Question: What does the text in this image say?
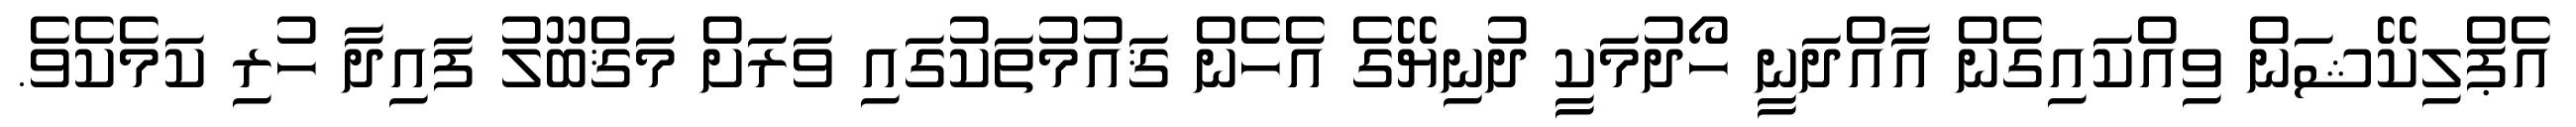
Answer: އެޕްލިކޭޝަން ވިއްކައިގެން އާއްދަނީ ހޯދުމަކީ ދުނިޔޭގެ އެހެން ޤައުމުތަކުގައި ވަރަށް މަޤްބޫލު ފައިދާ ހުރި ކަމެކެވެ.